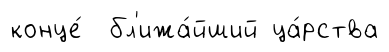
конце́ бл'ижа́йший ца́рства